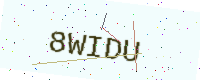
Text: 8WIDU